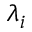
\lambda _ { i }